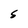
Character: S